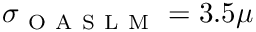
\sigma _ { \mathrm { ~ O ~ A ~ S ~ L ~ M ~ } } = 3 . 5 \mu